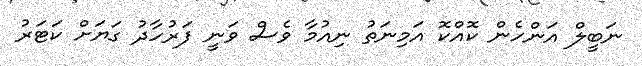
ނަބީލް އަންހެން ކޮއްކޮ އަމިނަތު ނިއުމާ ވެސް ވަނީ ފަރުހާދު ގަޔަށް ކަޓަރު